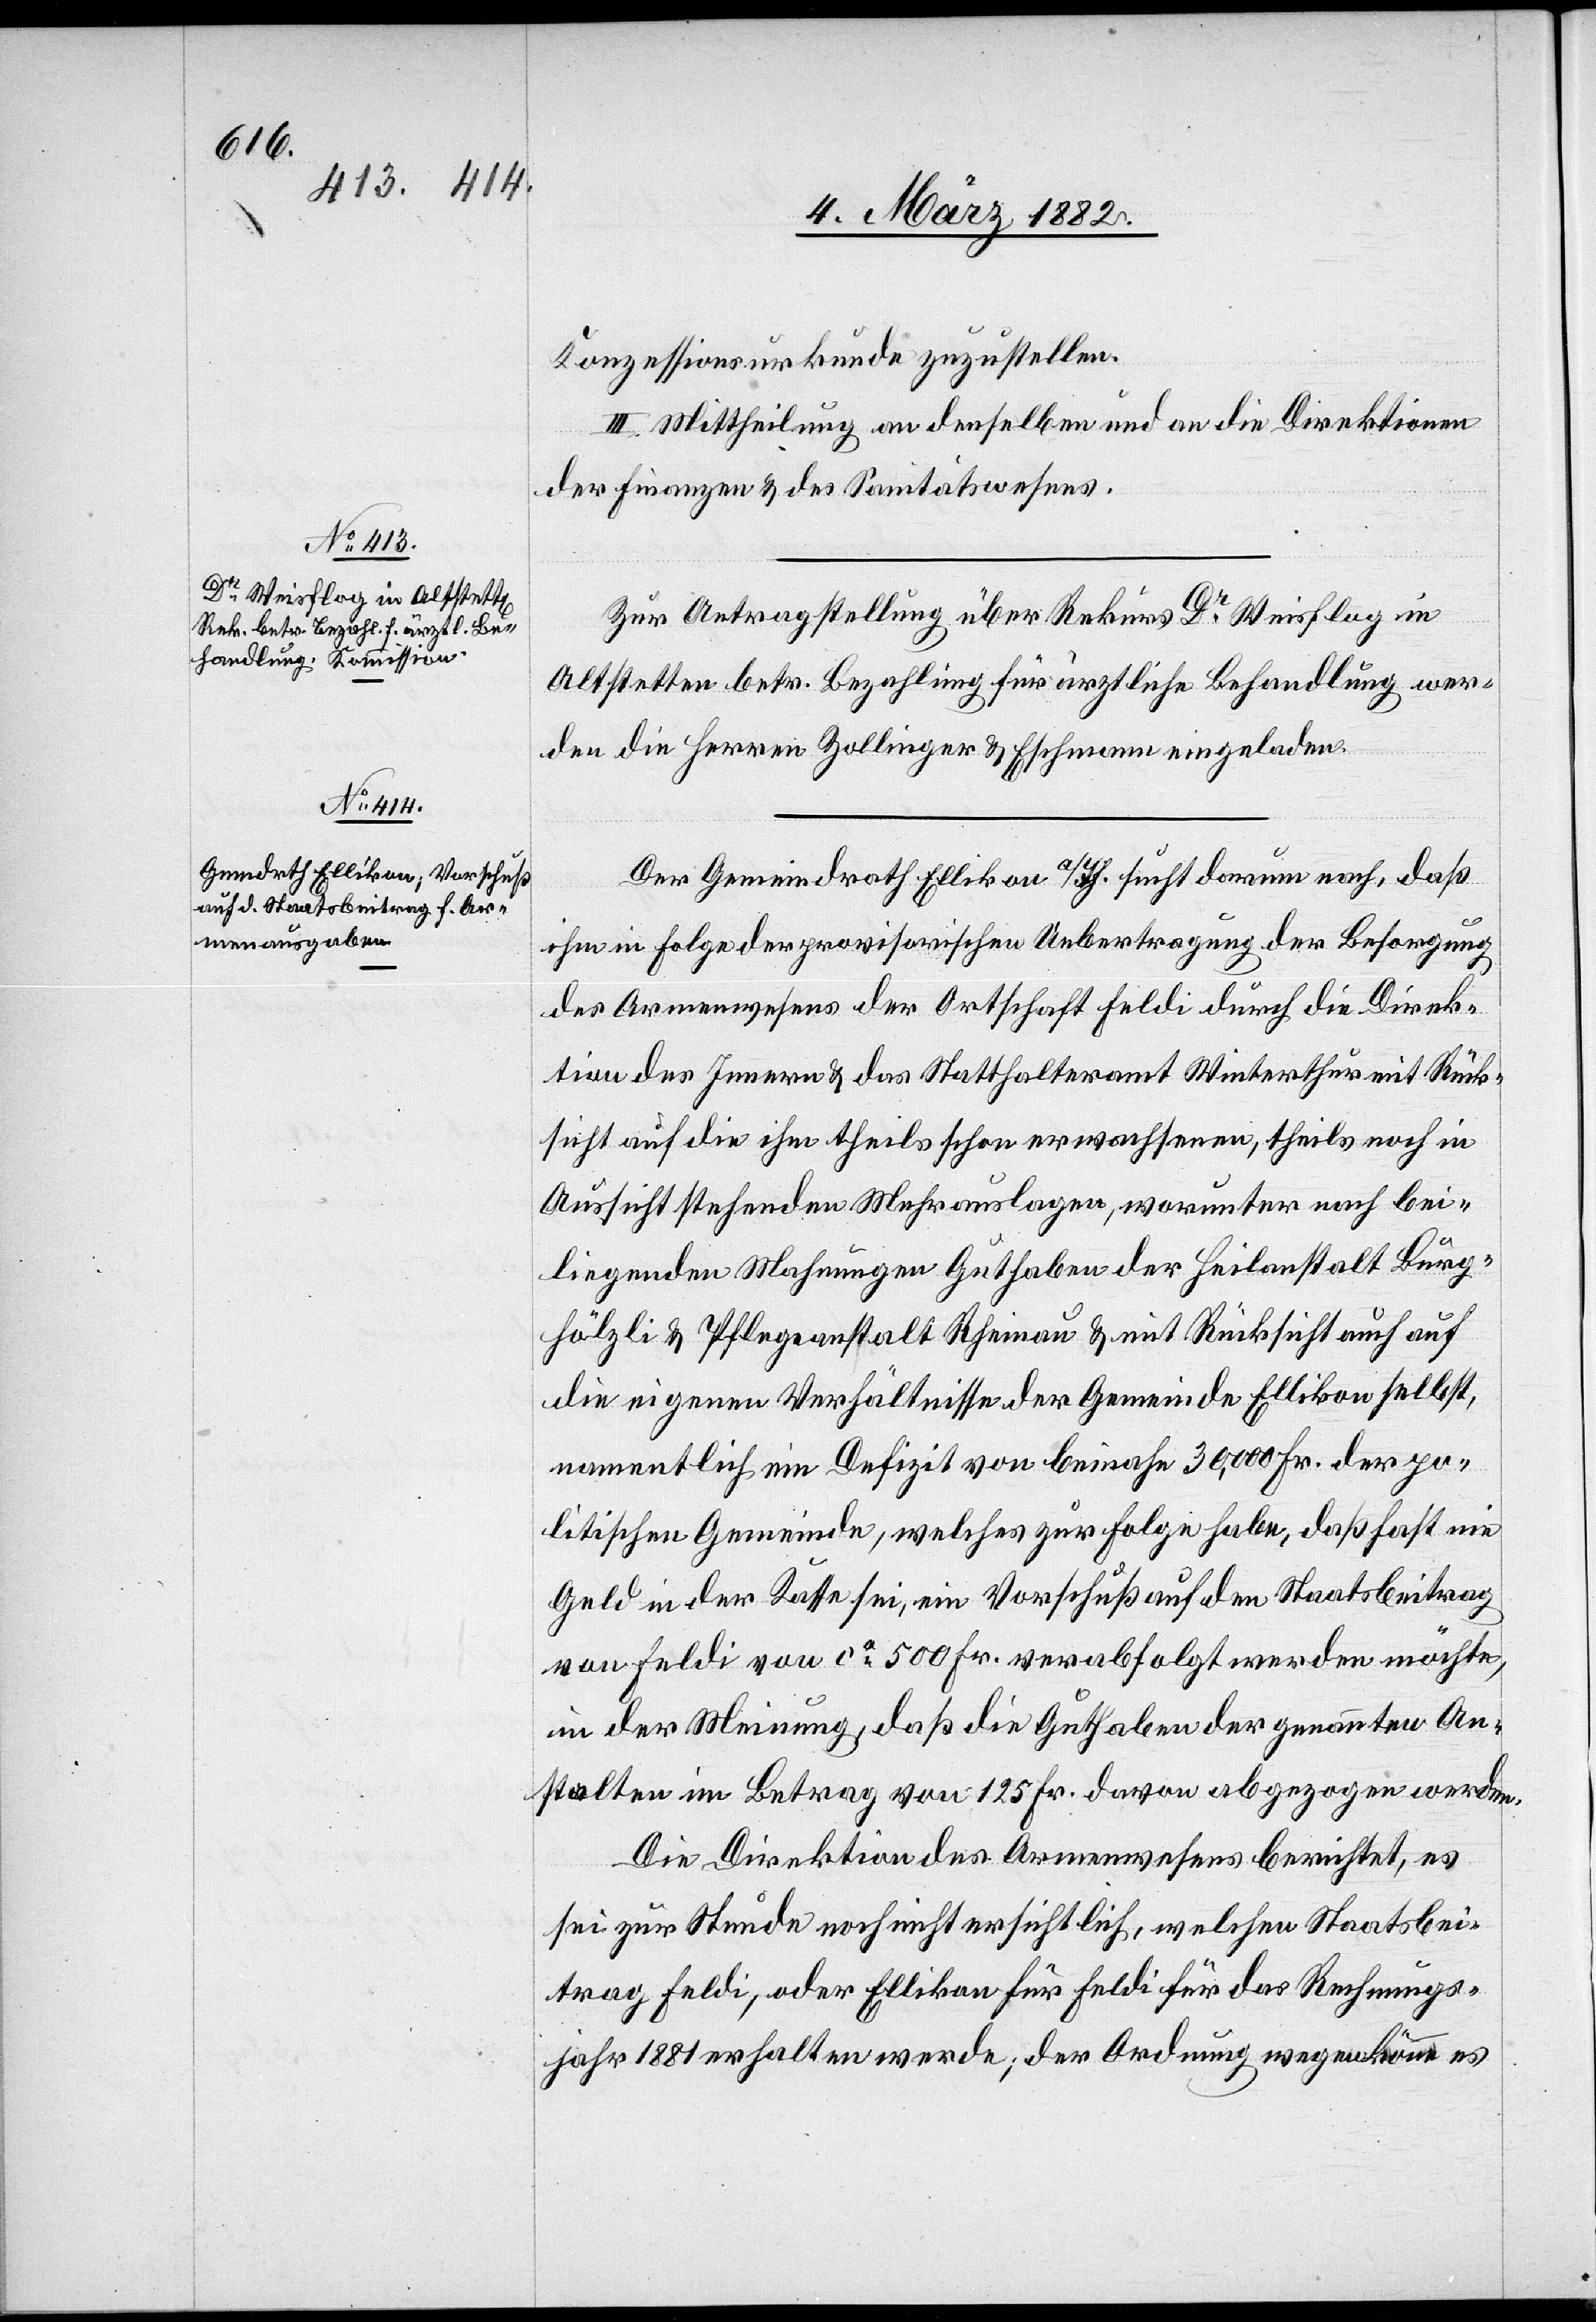
Konzessionsurkunde zuzustellen.
III. Mittheilung an denselben und an die Direktion
der Finanzen & des Sanitätswesens.
Zur Antragstellung über Rekurs Dr Weisflog in
Altstetten betr. Bezahlung für ärztliche Behandlung wer¬
den die Herren Zollinger & Eschmann eingeladen.
Der Gemeindrath Ellikon a/Th. sucht darum nach, daß
ihm in Folge der provisorischen Uebertragung der Besorgung
des Armenwesens der Ortschaft Feldi durch die Direk¬
tion des Innern & das Statthalteramt Winterthur mit Rück¬
sicht auf die ihm theils schon erwachsenen, theils noch in
Aussicht stehenden Mehrauslagen, worunter nach bei¬
liegenden Mahnungen Guthaben der Heilanstalt Burg¬
hölzli & Pflegeanstalt Rheinau & mit Rücksicht auch auf
die eigenen Verhältnisse der Gemeinde Ellikon selbst,
namentlich ein Defizit von beinahe 30,000 Fr. der po¬
litischen Gemeinde, welche zur Folge habe, daß fast kein
Geld in der Kasse sei, ein Vorschuß auf den Staatsbeitrag
von Feldi von ca 500 Fr. verabfolgt werden möchte,
in der Meinung, daß die Guthaben der genannten An¬
stalten im Betrag von 125 Fr. davon abgezogen werden.
Die Direktion des Armenwesens berichtet, es
sei zur Stunde noch nicht ersichtlich, welchen Staatsbei¬
trag Feldi, oder Ellikon für Feldi für das Rechnungs¬
jahr 1881 erhalten werde; der Ordnung wegen könne es